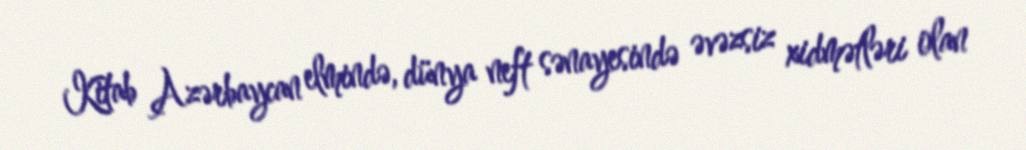
Kitab Azərbaycan elmində, dünya neft sənayesində əvəzsiz xidmətləri olan